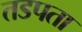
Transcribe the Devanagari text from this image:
तडपता